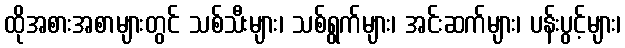
ထိုအစားအစာများတွင် သစ်သီးများ၊ သစ်ရွက်များ၊ အင်းဆက်များ၊ ပန်းပွင့်များ၊